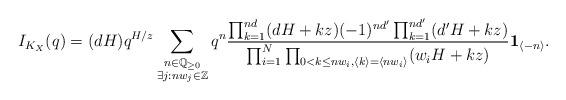
LaTeX: \begin{align*} I_{K_X}(q)=(dH)q^{H/z}\sum_{\substack{n\in \mathbb Q_{\geq 0}\\ \exists j: nw_j\in \mathbb Z }}q^n\frac{\prod_{k=1}^{nd}(dH+kz)(-1)^{nd^\prime}\prod_{k=1}^{nd^\prime}(d^\prime H+kz)}{\prod_{i=1}^N\prod_{0<k\leq nw_i, \langle k\rangle=\langle nw_i\rangle}(w_iH+kz)}\textbf{1}_{\langle -n\rangle }.\end{align*}